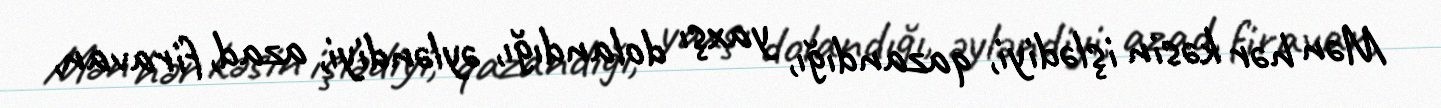
Mən hər kəsin işlədiyi, qazandığı, yaxşı dolandığı, əyləndiyi, azad, firavan,